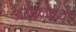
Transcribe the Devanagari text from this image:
अद्धप्पइया